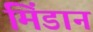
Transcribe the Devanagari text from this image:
मिंडान